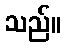
သည်။